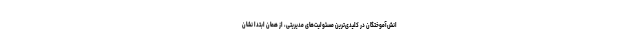
انش‌آموختگان در کلیدی‌ترین مسئولیت‌های مدیریتی، از همان ابتدا نشان